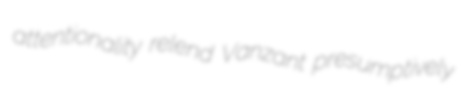
attentionality relend Vanzant presumptively